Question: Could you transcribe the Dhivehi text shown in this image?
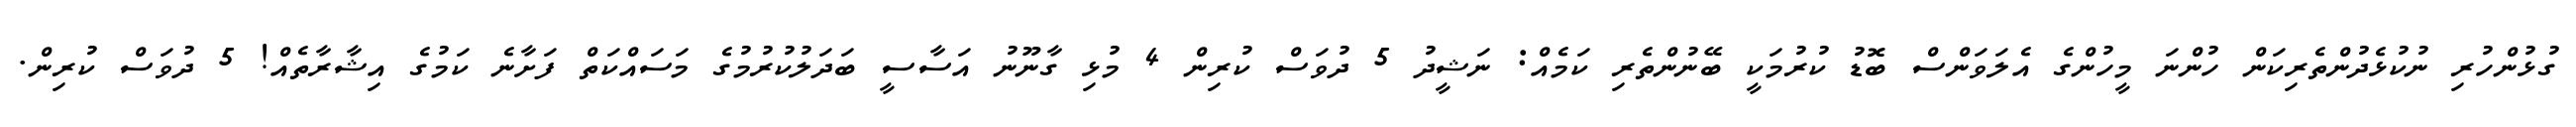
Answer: ގުޅުންހުރި ނުކުޅެދުންތެރިކަން ހުންނަ މީހުންގެ އެލަވަންސް ބޮޑު ކުރުމަކީ ބޭނުންތެރި ކަމެއް: ނަޝީދު 5 ދުވަސް ކުރިން 4 މުޅި ގާނޫނު އަސާސީ ބަދަލުކުރުމުގެ މަސައްކަތް ފަށާނެ ކަމުގެ އިޝާރާތެއް! 5 ދުވަސް ކުރިން.